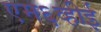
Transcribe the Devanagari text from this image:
एम६व्हीई